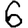
Digit: 6